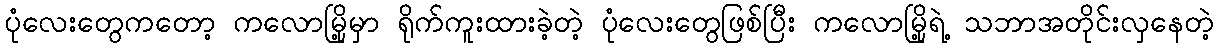
ပုံလေးတွေကတော့ ကလောမြို့မှာ ရိုက်ကူးထားခဲ့တဲ့ ပုံလေးတွေဖြစ်ပြီး ကလောမြို့ရဲ့ သဘာအတိုင်းလှနေတဲ့